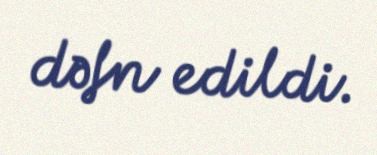
dəfn edildi.